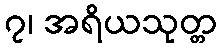
၇၊ အရိယသုတ္တ